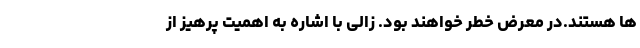
ها هستند.در معرض خطر خواهند بود. زالی با اشاره به اهمیت پرهیز از